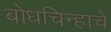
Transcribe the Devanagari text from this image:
बोधचिन्हाचे